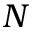
N